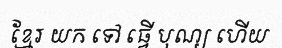
ខ្មែរ យក ទៅ ធ្វើ បុណ្យ ហើយ